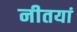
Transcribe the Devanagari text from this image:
नीतयां